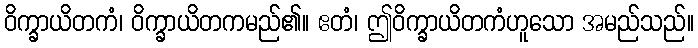
ဝိက္ခာယိတကံ၊ ဝိက္ခာယိတကမည်၏။ ဧတံ၊ ဤဝိက္ခာယိတကံဟူသော အမည်သည်။